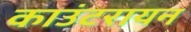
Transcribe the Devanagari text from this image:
काउंटरायन